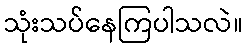
သုံးသပ်နေကြပါသလဲ။